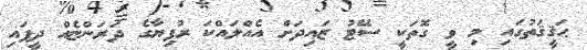
ޙަޤީޤަތުގައި މި ވީ ގޮތަކީ ސޭޓު ޒައިދަށް އެއްލައްކަ ރުފިޔާގެ ދަރަންޏެއް ދީފައި